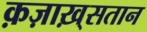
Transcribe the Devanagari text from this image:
क़ज़ाख़्सतान